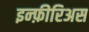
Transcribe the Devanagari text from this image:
इन्फ़ीरिअस